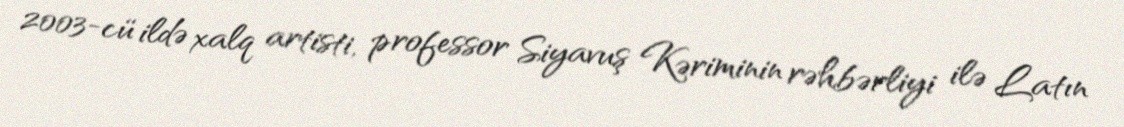
2003-cü ildə xalq artisti, professor Siyavuş Kəriminin rəhbərliyi ilə Latın